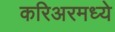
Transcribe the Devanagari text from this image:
करिअरमध्ये